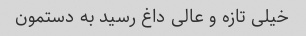
خیلی تازه و عالی داغ رسید به دستمون